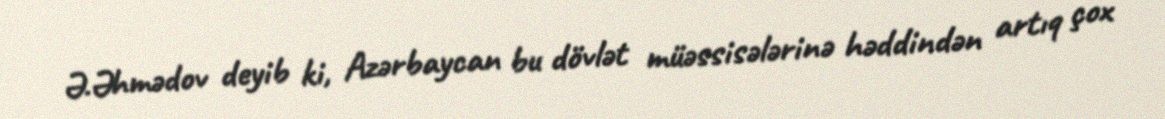
Ə.Əhmədov deyib ki, Azərbaycan bu dövlət müəssisələrinə həddindən artıq çox